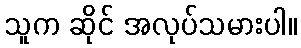
သူက ဆိုင် အလုပ်သမားပါ။